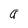
Character: a